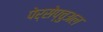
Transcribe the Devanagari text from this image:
पेर्सेप्चुअल